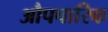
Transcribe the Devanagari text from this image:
औपचारिक